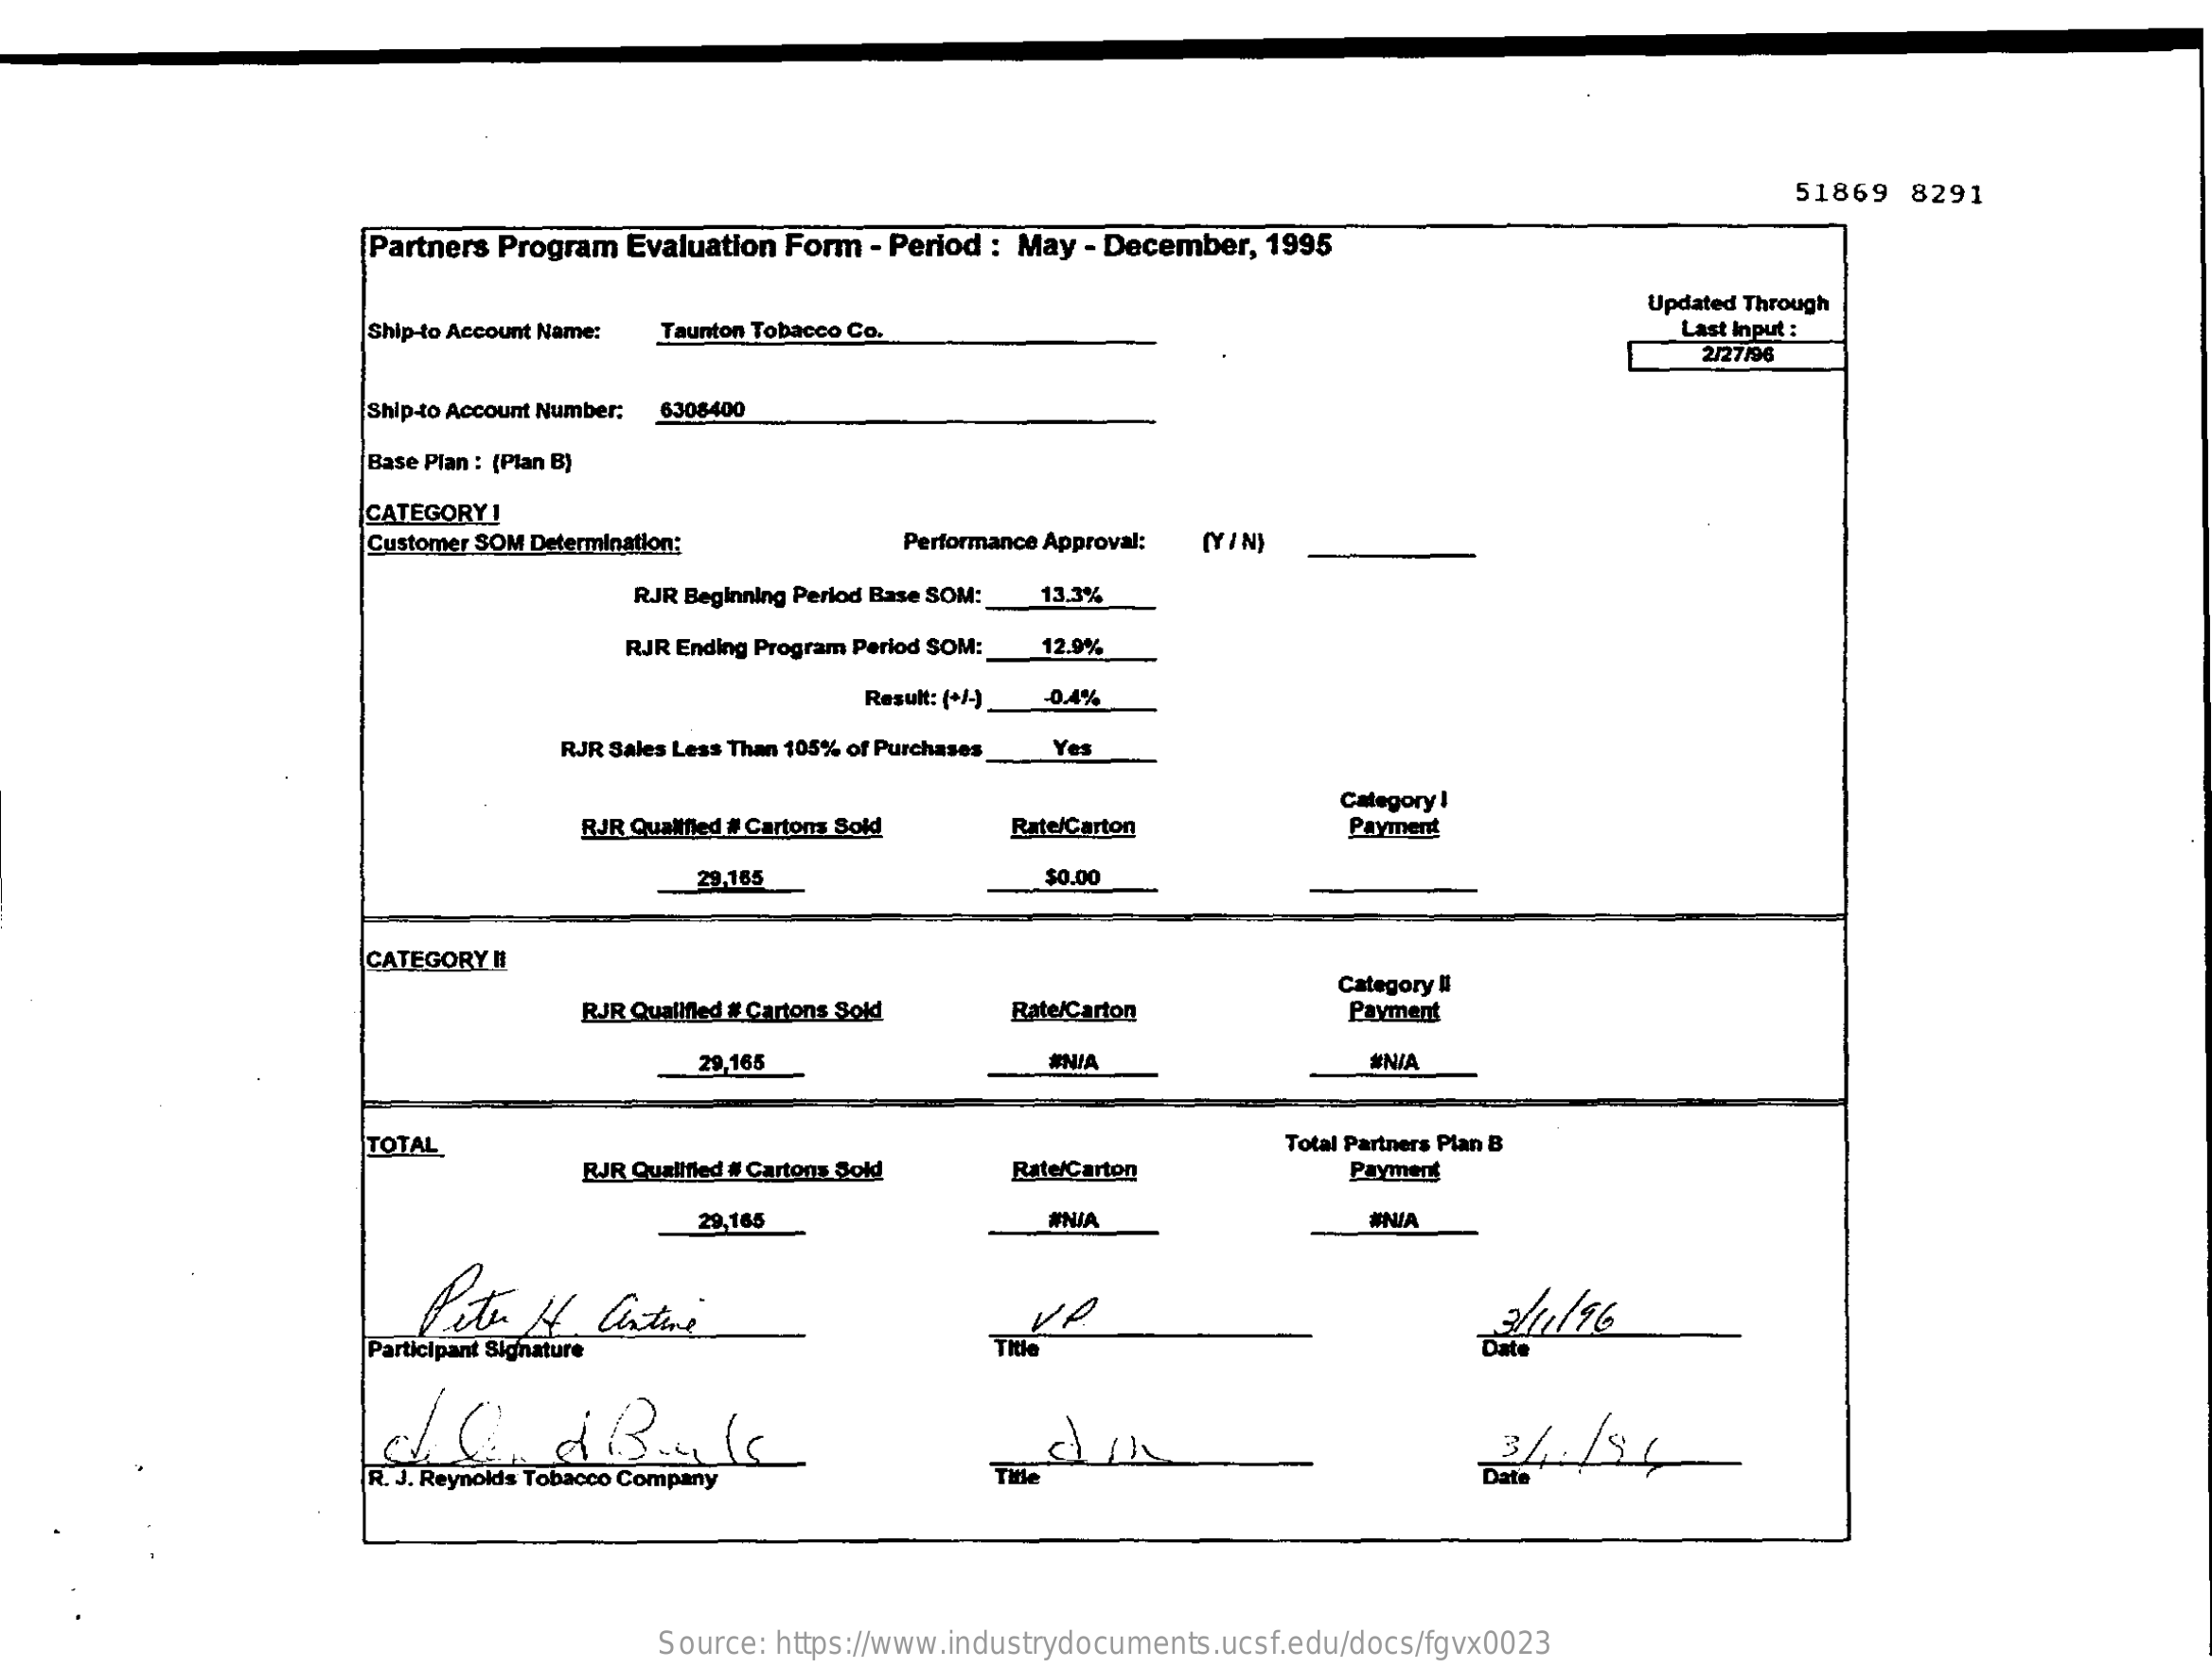
51869   8291
     Partners Program Evaluation Form - Period : May - December, 1995
     Ship-to Account Name:
     Updated Through
     Taunton Tobacco Co.    Last Input :
     2/27/96
     Ship-to Account Number: 6308400
     Base Plan : (Plan B)
     CATEGORY I
     Customer SOM Determination:    Performance Approval: (Y IN)
     RJR Beginning Perlod Base SOM: 13,3%
     RJR Ending Program Perlod SOM: 12.9%
     Result: (+/-) -0.4%
     RJR Sales Less Than 105% of Purchases Yes
     RJR Qualified # Cartons Sold
     Category !
     Rate/Carton    Payment
     29,165    $0.00
     CATEGORY #
     RJR Qualified # Cartons Sold Rate/Carton
     category #
     Payment
     29,165    #NIA    #N/A
     TOTAL
     RJR Qualified # Cartons Sold
     Total Partners Plan B
     Rate/Carton    Payment
     29,165    WNIA    #NIA
     Peter  If  Cature
     Participant Signature    Title
     R. J. Reynolds Tobacco Company    Title
     Source: https://www.industrydocuments.ucsf.edu/docs/fgvx0023